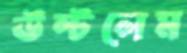
উল্‌টলেম